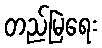
တည်မြဲရေး